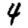
Digit: 4